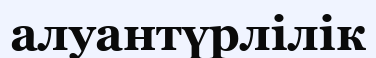
алуантүрлілік